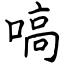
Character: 嗃